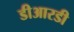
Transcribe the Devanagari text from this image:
डीआरडी